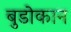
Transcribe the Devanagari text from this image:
बुडोकान